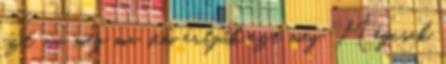
ezt, mi még ma sem értjük ezt meg. Mégcsak